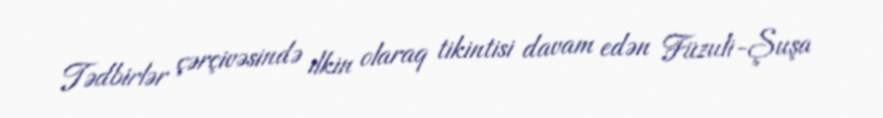
Tədbirlər çərçivəsində ilkin olaraq tikintisi davam edən Füzuli-Şuşa